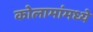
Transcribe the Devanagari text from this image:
कोलामांमध्ये